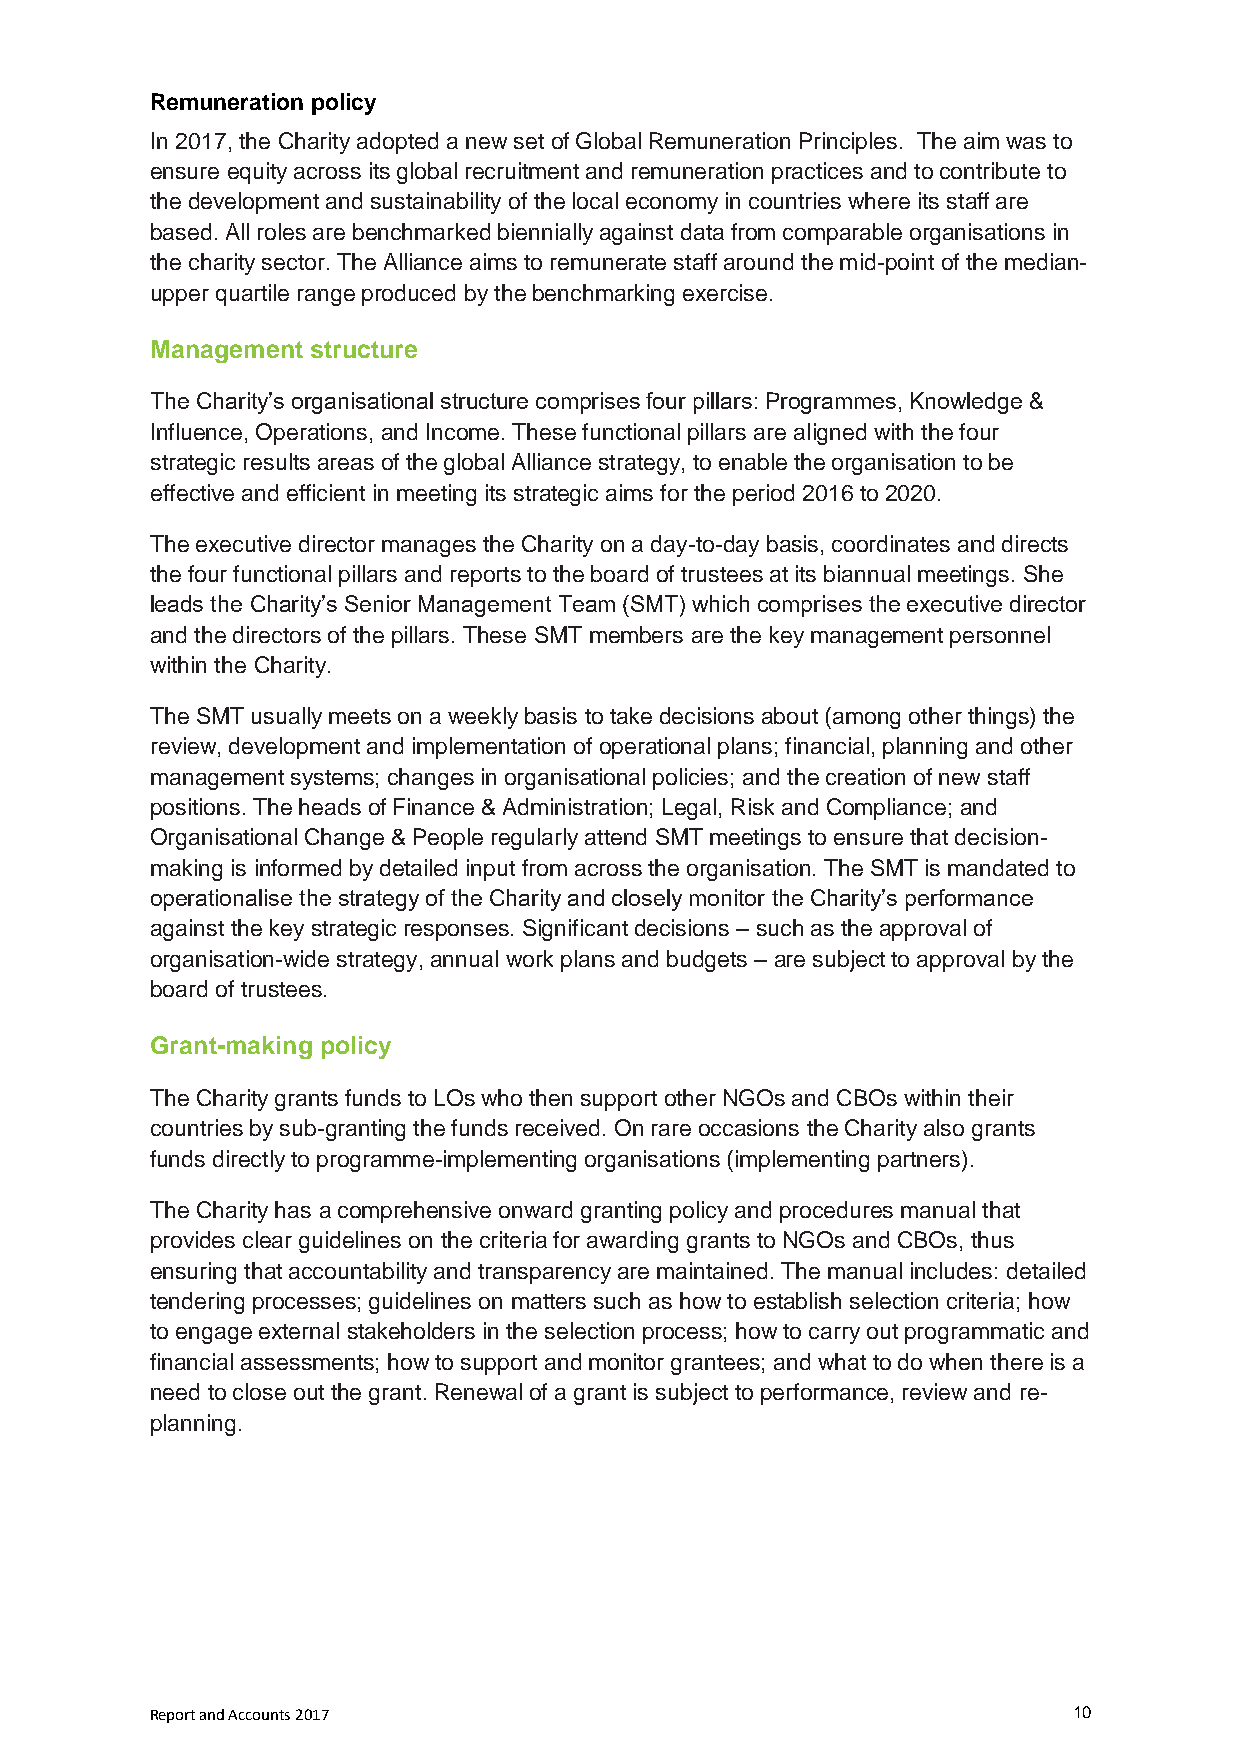
Remuneration policy
 In 2017, the Charity adopted a new set of Global Remuneration Principles. The aim was to
 ensure equity across its global recruitment and remuneration practices and to contribute to
 the development and sustainability of the local economy in countries where its staff are
 based. All roles are benchmarked biennially against data from comparable organisations in
 the charity sector. The Alliance aims to remunerate staff around the mid-point of the median-
 upper quartile range produced by the benchmarking exercise.
 Management structure
 The Charity’s organisational structure comprises four pillars: Programmes, Knowledge &
 Influence, Operations, and Income. These functional pillars are aligned with the four
 strategic results areas of the global Alliance strategy, to enable the organisation to be
 effective and efficient in meeting its strategic aims for the period 2016 to 2020.
 The executive director manages the Charity on a day-to-day basis, coordinates and directs
 the four functional pillars and reports to the board of trustees at its biannual meetings. She
 leads the Charity’s Senior Management Team (SMT) which comprises the executive director
 and the directors of the pillars. These SMT members are the key management personnel
 within the Charity.
 The SMT usually meets on a weekly basis to take decisions about (among other things) the
 review, development and implementation of operational plans; financial, planning and other
 management systems; changes in organisational policies; and the creation of new staff
 positions. The heads of Finance & Administration; Legal, Risk and Compliance; and
 Organisational Change & People regularly attend SMT meetings to ensure that decision-
 making is informed by detailed input from across the organisation. The SMT is mandated to
 operationalise the strategy of the Charity and closely monitor the Charity’s performance
 against the key strategic responses. Significant decisions – such as the approval of
 organisation-wide strategy, annual work plans and budgets – are subject to approval by the
 board of trustees.
 Grant-making policy
 The Charity grants funds to LOs who then support other NGOs and CBOs within their
 countries by sub-granting the funds received. On rare occasions the Charity also grants
 funds directly to programme-implementing organisations (implementing partners).
 The Charity has a comprehensive onward granting policy and procedures manual that
 provides clear guidelines on the criteria for awarding grants to NGOs and CBOs, thus
 ensuring that accountability and transparency are maintained. The manual includes: detailed
 tendering processes; guidelines on matters such as how to establish selection criteria; how
 to engage external stakeholders in the selection process; how to carry out programmatic and
 financial assessments; how to support and monitor grantees; and what to do when there is a
 need to close out the grant. Renewal of a grant is subject to performance, review and re-
 planning.
 Report and Accounts 2017                                     10